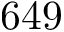
6 4 9